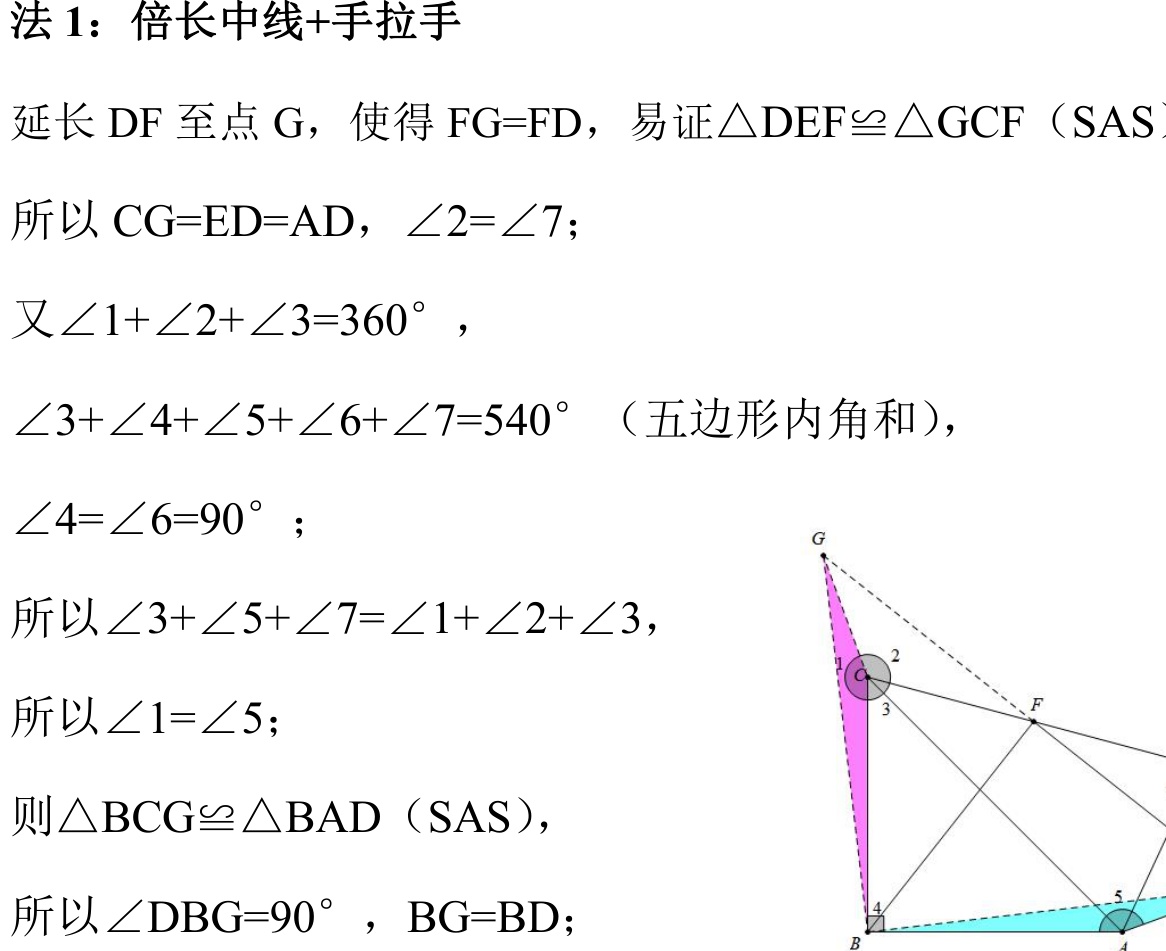
法 1：倍长中线+手拉手
延长 \(DF\) 至点 \(G\)，使得 \(FG = FD\)，易证\(\triangle DEF\cong\triangle GCF\)（SAS）
所以 \(CG = ED = AD\)，\(\angle2=\angle7\)；
又\(\angle1+\angle2+\angle3 = 360^{\circ}\)，
\(\angle3+\angle4+\angle5+\angle6+\angle7 = 540^{\circ}\)（五边形内角和），
\(\angle4=\angle6 = 90^{\circ}\)；
所以\(\angle3+\angle5+\angle7=\angle1+\angle2+\angle3\)，
所以\(\angle1=\angle5\)；
则\(\triangle BCG\cong\triangle BAD\)（SAS），
所以\(\angle DBG = 90^{\circ}\)，\(BG = BD\)；